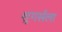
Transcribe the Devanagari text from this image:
शुगर्सला